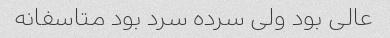
عالی بود ولی سرده سرد بود متاسفانه